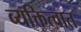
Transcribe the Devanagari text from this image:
व्यक्तित्वात